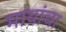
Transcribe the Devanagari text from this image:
मायांचा